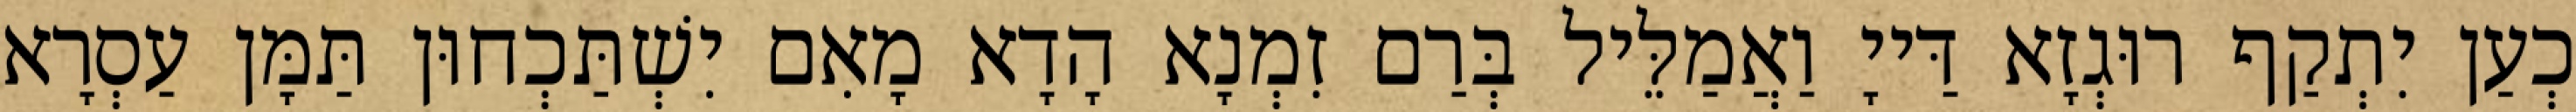
כְעַן יִתְקַף רוּגְזָא דַּייָ וַאֲמַלֵּיל בְּרַם זִמְנָא הָדָא מָאִם יִשְׁתַּכְחוּן תַּמָּן עַסְרָא